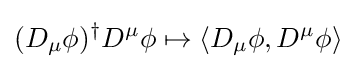
(D_{\mu }\phi )^{\dagger }D^{\mu }\phi \mapsto \langle D_{\mu }\phi ,D^{\mu }\phi \rangle